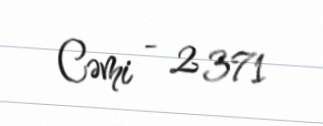
Cəmi - 2 371